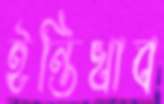
ইন্তিখাব